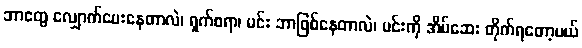
ဘာတွေ လျှောက်မေးနေတာလဲ၊ ရှက်စရာ၊ မင်း ဘာဖြစ်နေတာလဲ၊ မင်းကို အိပ်ဆေး တိုက်ရတော့မယ်